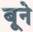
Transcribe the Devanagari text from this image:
बूने